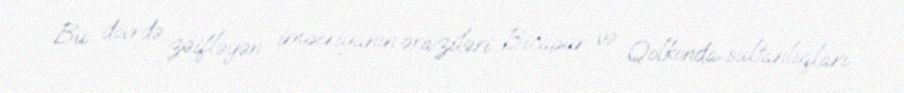
Bu dövrdə zəifləyən imperiyanın əraziləri Bicapur və Qolkonda sultanlıqları